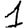
Digit: 1